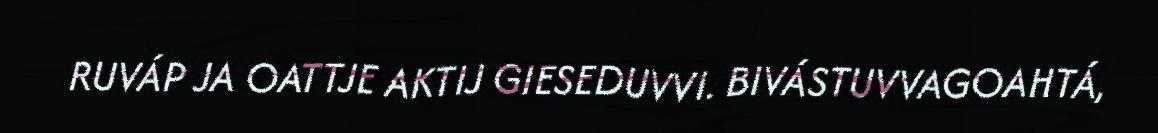
RUVÁP JA OATTJE AKTIJ GIESEDUVVI. BIVÁSTUVVAGOAHTÁ,